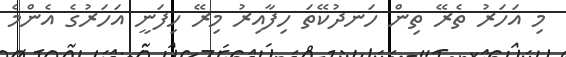
މި އަހަރު ތެރޭ ތިން ހަނދުކޭތަ ހިފާއިރު މިރޭ ހިފަނީ އަހަރުގެ އެންމެ